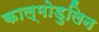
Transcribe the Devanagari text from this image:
काल्मोडुलिन